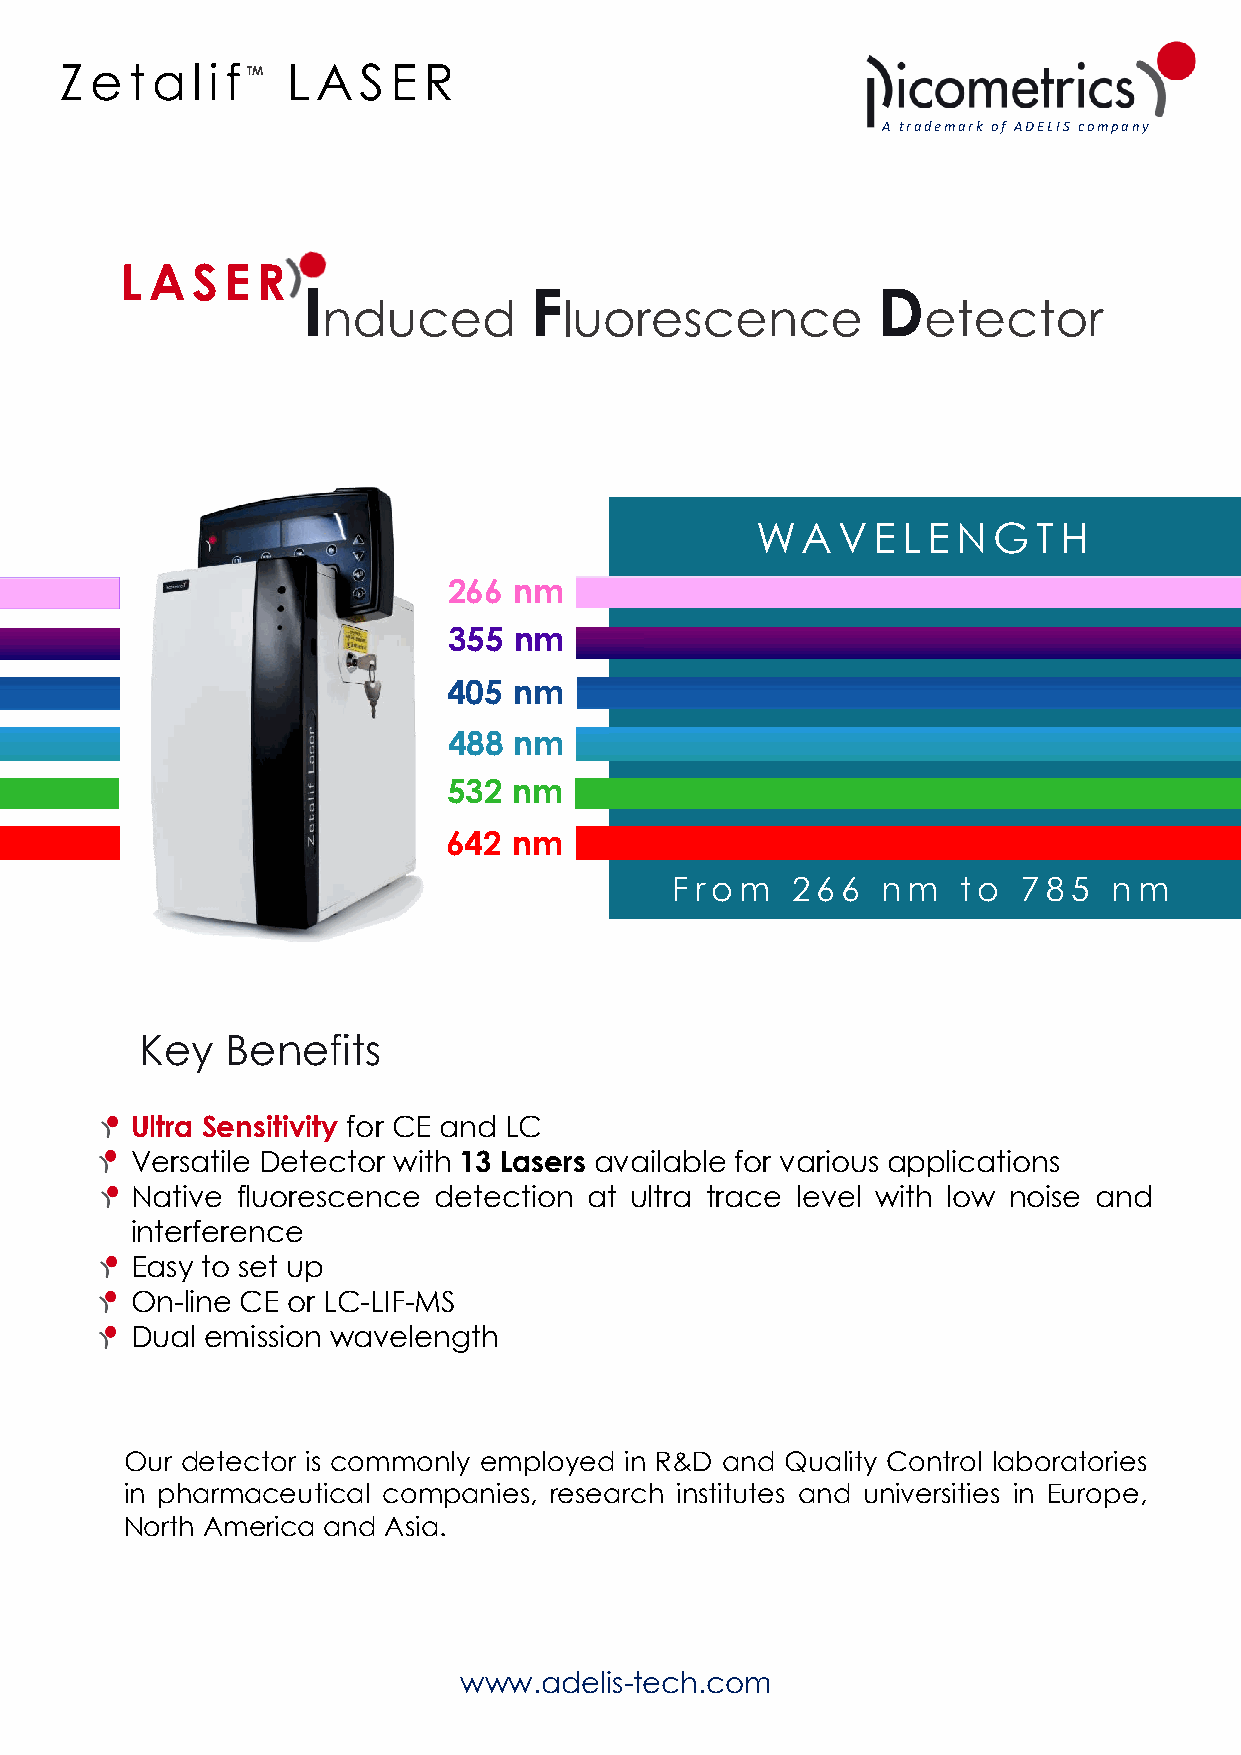
Zeta     li fTM LAS   ER
 A trademark of ADELIS company
 LASER
 I              F                      D
 nduced          luorescence             etector
 WA   VE   LE N  G  TH
 266 nm
 355 nm
 405 nm
 488 nm
 532 nm
 642 nm
 From    2 6 6 nm    to  7 8 5 nm
 Key   Benefits
 Ultra Sensitivity for CE and LC
 Versatile Detector with 13 Lasers available for various applications
 Native fluorescence detection at ultra trace level with low noise and
 interference
 Easy to set up
 On-line CE or LC-LIF-MS
 Dual emission wavelength
 Our detector is commonly employed in R&D and Quality Control laboratories
 in pharmaceutical companies, research institutes and universities in Europe,
 North America and Asia.
 www.adelis-tech.com